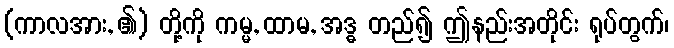
(ကာလအား, ၏) တို့ကို ကမ္မ, ထာမ, အဒ္ဓ တည်၍ ဤနည်းအတိုင်း ရုပ်တွက်၊